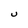
Character: U